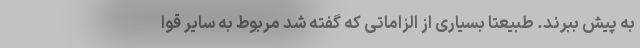
به پیش ببرند. طبیعتا بسیاری از الزاماتی که گفته شد مربوط به سایر قوا